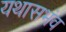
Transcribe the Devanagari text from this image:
यथासभंव